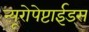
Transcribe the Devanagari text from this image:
न्यूरोपेप्टाईड्स